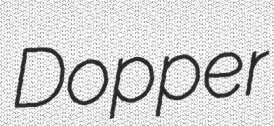
Dopper